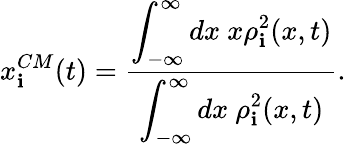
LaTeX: x_{\mathbf{i}}^{CM}(t)=\frac{{\displaystyle{\int_{-\infty}^{\infty}dx~x\rho_{\mathbf{i}}^{2}(x,t)}}}{{\displaystyle{\int_{-\infty}^{\infty}dx~\rho_{\mathbf{i}}^{2}(x,t)}}}.